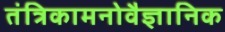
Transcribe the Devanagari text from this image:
तंत्रिकामनोवैज्ञानिक